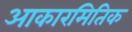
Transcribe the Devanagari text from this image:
आकारमितिक